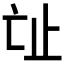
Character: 𣥊